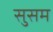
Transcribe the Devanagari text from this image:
सुसम